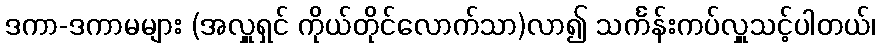
ဒကာ-ဒကာမများ (အလှူရှင် ကိုယ်တိုင်လောက်သာ)လာ၍ သင်္ကန်းကပ်လှူသင့်ပါတယ်၊